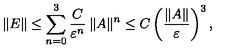
\| E \| \leq \sum _ { n = 0 } ^ { 3 } \frac { C } { \varepsilon ^ { n } } \: \| A \| ^ { n } \leq C \left( \frac { \| A \| } { \varepsilon } \right) ^ { 3 } ,